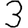
Digit: 3